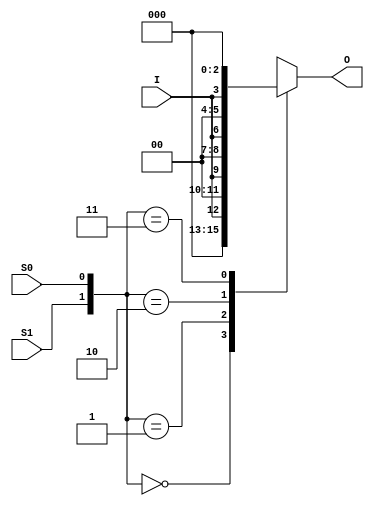
module DEMUX4 (
              input I,
				  input S0, S1,
				  output reg [3:0] O 
              );

				  
always @ (*)
begin
	case ({S1,S0})
	2'b00 : O = {3'b000,I};
	2'b01 : O = {2'b00,I,1'b0};
	2'b10 : O = {1'b0,I,2'b00};
	2'b11 : O = {I, 3'b000};
	endcase 
end				  
				  
				  
endmodule